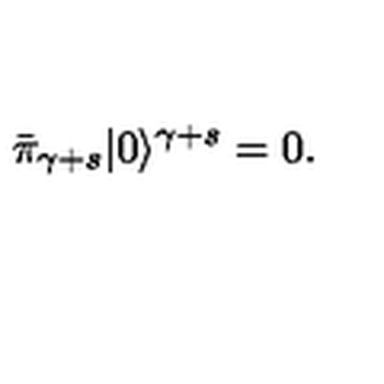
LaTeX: \bar { \pi } _ { \gamma + s } | 0 \rangle ^ { \gamma + s } = 0 .